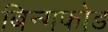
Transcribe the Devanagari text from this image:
बिन्गफोड